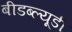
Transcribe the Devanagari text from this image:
बीडब्ल्यूडी